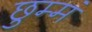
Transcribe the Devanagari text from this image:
छुम्मं